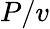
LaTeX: P/v